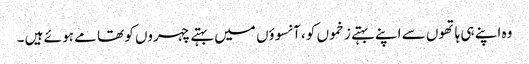
وہ اپنے ہی ہاتھوں سے اپنے بہتے زخموں کو ، آنسوؤں میں بہتے چہروں کو تھا مے ہو ئے ہیں ۔